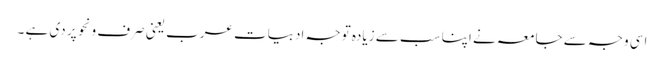
اسی وجہ سے جامعہ نے اپنا سب سے زیادہ توجہ ادبیات عرب یعنی صرف ونحو پر دی ہے ۔